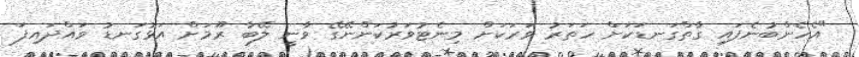
"އެހެންބުނެފައި ގާތްގަނޑަކަށް ހަތަރު ވަރަކަށް މިނެޓުވަރުކަންނޭގޭ ވާނީ ލޭބާ ރޫމަށް އަޅުގަނޑު ވައްދައިފަ